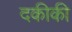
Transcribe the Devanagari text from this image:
दकीकी